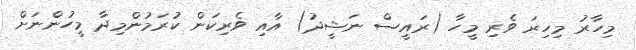
މިހާރު މިހިރަ ވެރި މީހާ (ރައީސް ނަޝީދު) އާއި ވެރިކަން ކުރަމުންމިދާ މީހުންނަށް